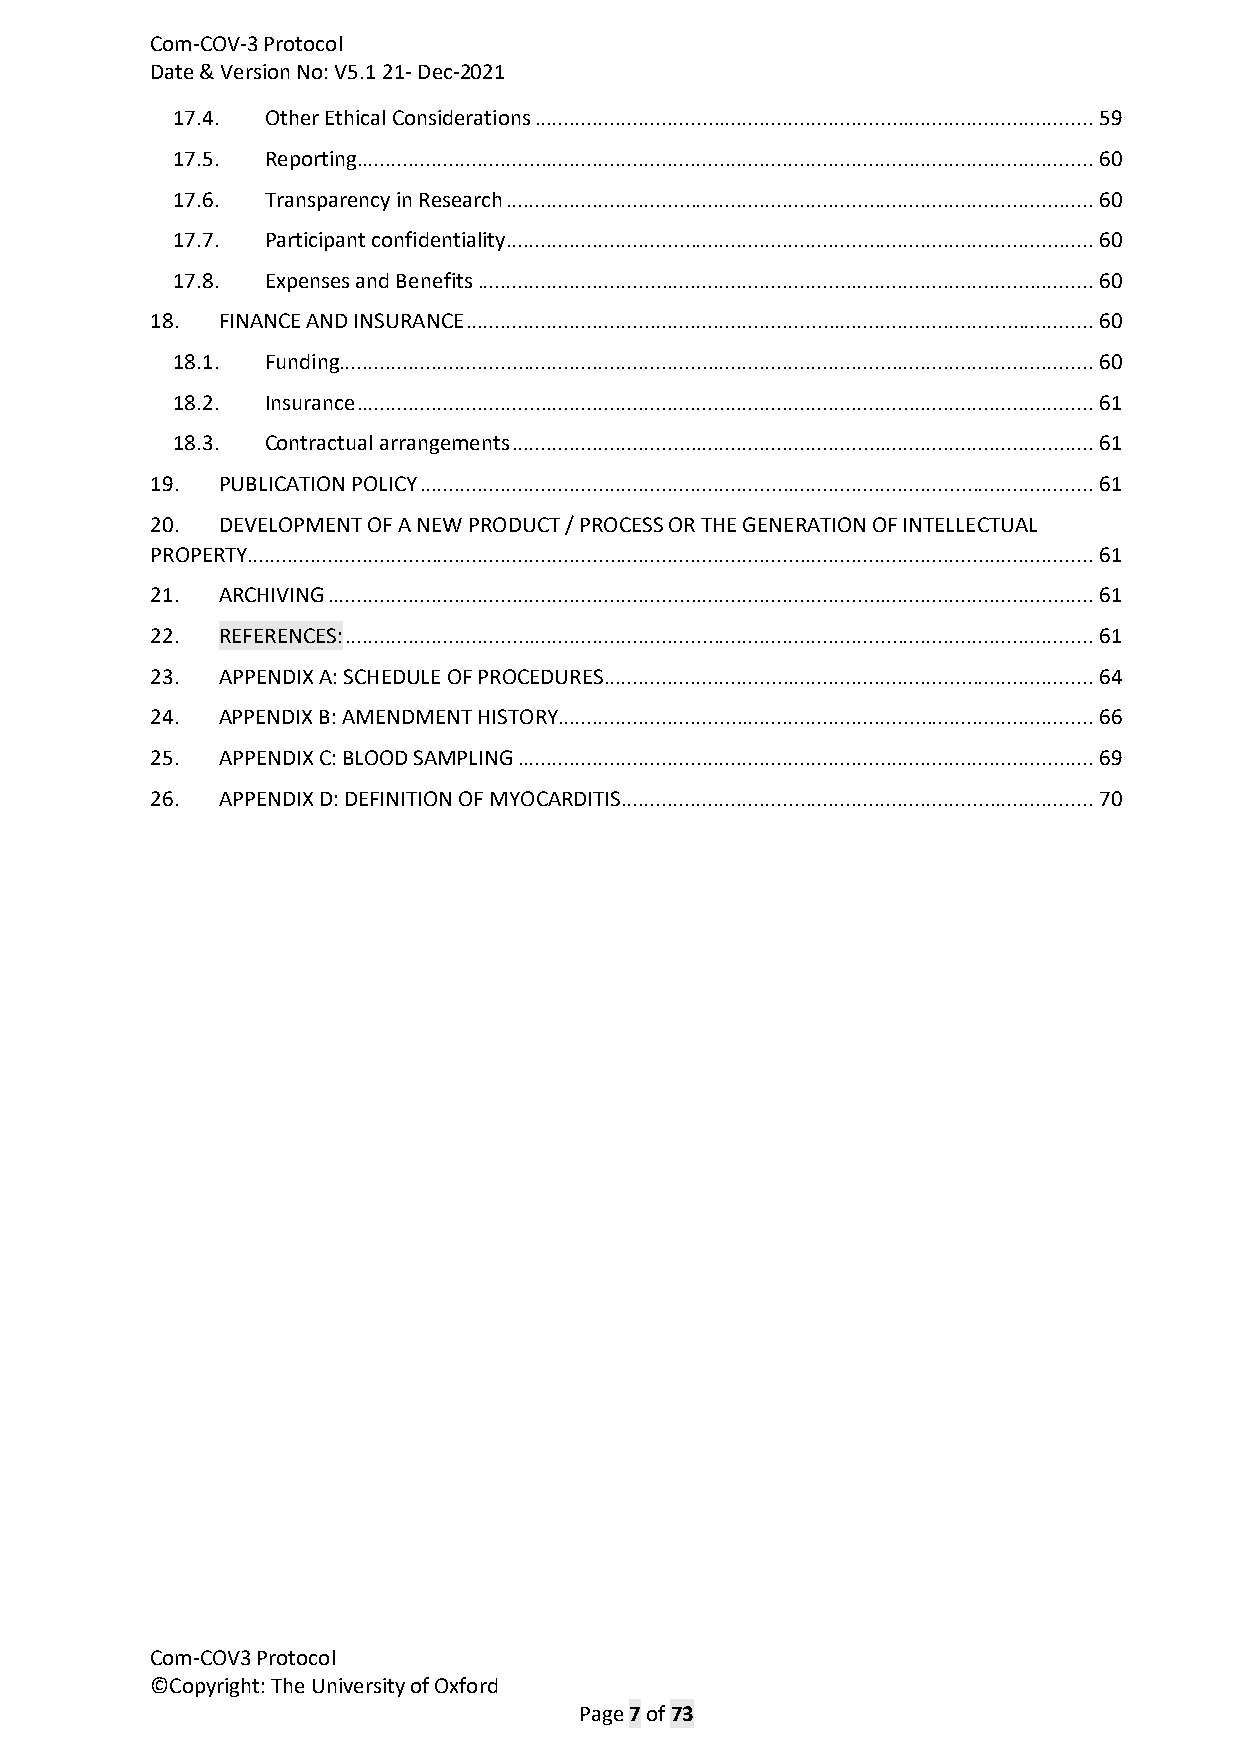
Com-COV-3 Protocol
 Date & Version No: V5.1 21- Dec-2021
 17.4.  Other Ethical Considerations ................................................................................................. 59
 17.5.  Reporting ................................................................................................................................ 60
 17.6.  Transparency in Research ...................................................................................................... 60
 17.7.  Participant confidentiality ...................................................................................................... 60
 17.8.  Expenses and Benefits ........................................................................................................... 60
 18. FINANCE AND INSURANCE ............................................................................................................. 60
 18.1.  Funding................................................................................................................................... 60
 18.2.  Insurance ................................................................................................................................ 61
 18.3.  Contractual arrangements ..................................................................................................... 61
 19. PUBLICATION POLICY ..................................................................................................................... 61
 20. DEVELOPMENT OF A NEW PRODUCT / PROCESS OR THE GENERATION OF INTELLECTUAL
 PROPERTY................................................................................................................................................... 61
 21. ARCHIVING ..................................................................................................................................... 61
 22. REFERENCES: .................................................................................................................................. 61
 23. APPENDIX A: SCHEDULE OF PROCEDURES ..................................................................................... 64
 24. APPENDIX B: AMENDMENT HISTORY............................................................................................. 66
 25. APPENDIX C: BLOOD SAMPLING .................................................................................................... 69
 26. APPENDIX D: DEFINITION OF MYOCARDITIS .................................................................................. 70
 Com-COV3 Protocol
 ©Copyright: The University of Oxford
 Page 7 of 73